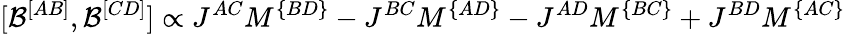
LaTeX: [{\cal B}^{[AB]},{\cal B}^{[CD]}]\propto J^{AC}M^{\{ BD\} }-J^{BC}M^{\{ AD\} }-J^{AD}M^{\{ BC\} }+J^{BD}M^{\{ AC\} }